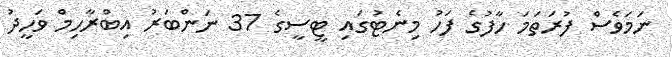
ނަމަވެސް ފުރަތަމަ ހާފުގެ ފަހު މިނެޓުގައި ޓީސީގެ 37 ނަންބަރު އިބްރާހިމް ވަހީދު